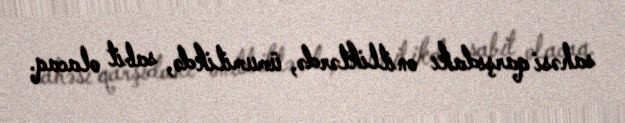
sahəsi qarşıdakı onilliklərdə, ümumilikdə, sabit olacaq.